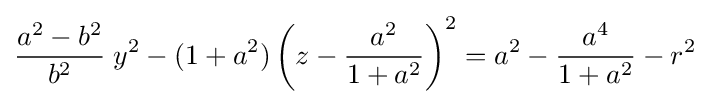
{\frac {a^{2}-b^{2}}{b^{2}}}\;y^{2}-(1+a^{2})\left(z-{\frac {a^{2}}{1+a^{2}}}\right)^{2}=a^{2}-{\frac {a^{4}}{1+a^{2}}}-r^{2}\